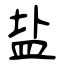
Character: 盐